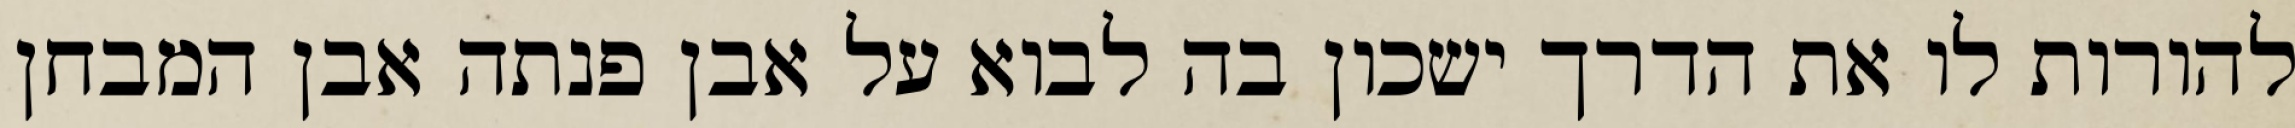
להורות לו את הדרך ישכון בה לבוא על אבן פנתה אבן המבחן